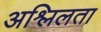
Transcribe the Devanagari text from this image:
अश्लिलता